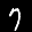
Label: 7